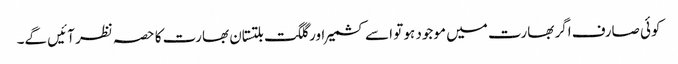
کوئی صارف اگر بھارت میں موجود ہو تو اسے کشمیر اور گلگت بلتستان بھارت کا حصہ نظر آئیں گے۔